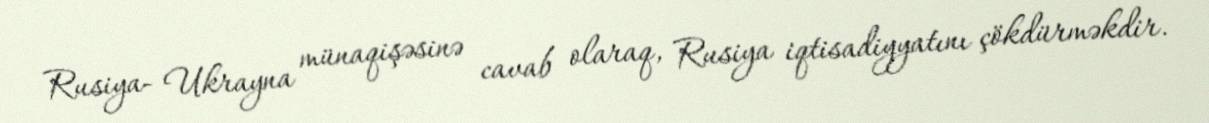
Rusiya- Ukrayna münaqişəsinə cavab olaraq, Rusiya iqtisadiyyatını çökdürməkdir.